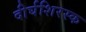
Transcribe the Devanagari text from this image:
दीर्घशिरस्क